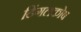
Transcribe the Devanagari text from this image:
डिंगलकोष